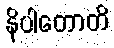
နိပါတောတိ